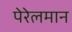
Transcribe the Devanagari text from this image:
पेरेलमान